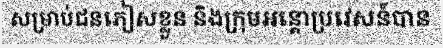
សម្រាប់ជនភៀសខ្លួន និងក្រុមអន្តោប្រវេសន៍បាន